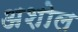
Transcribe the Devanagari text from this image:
अशोल